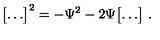
\bigl [ \ldots \bigr ] ^ { 2 } = - \Psi ^ { 2 } - 2 \Psi \bigl [ \ldots \bigr ] \ .